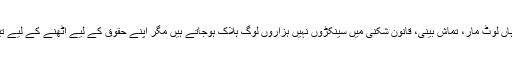
ہمارے ہاں لوٹ مار، تماش بینی، قانون شکنی میں سینکڑوں نہیں ہزاروں لوگ ہلاک ہوجاتے ہیں مگر اپنے حقوق کے لیے اٹھنے کے لیے تیار نہیں۔